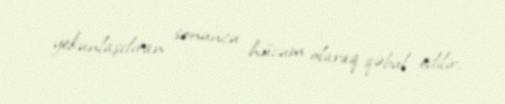
yekunlaşdıran sonuncu hücum olaraq qəbul edilir.